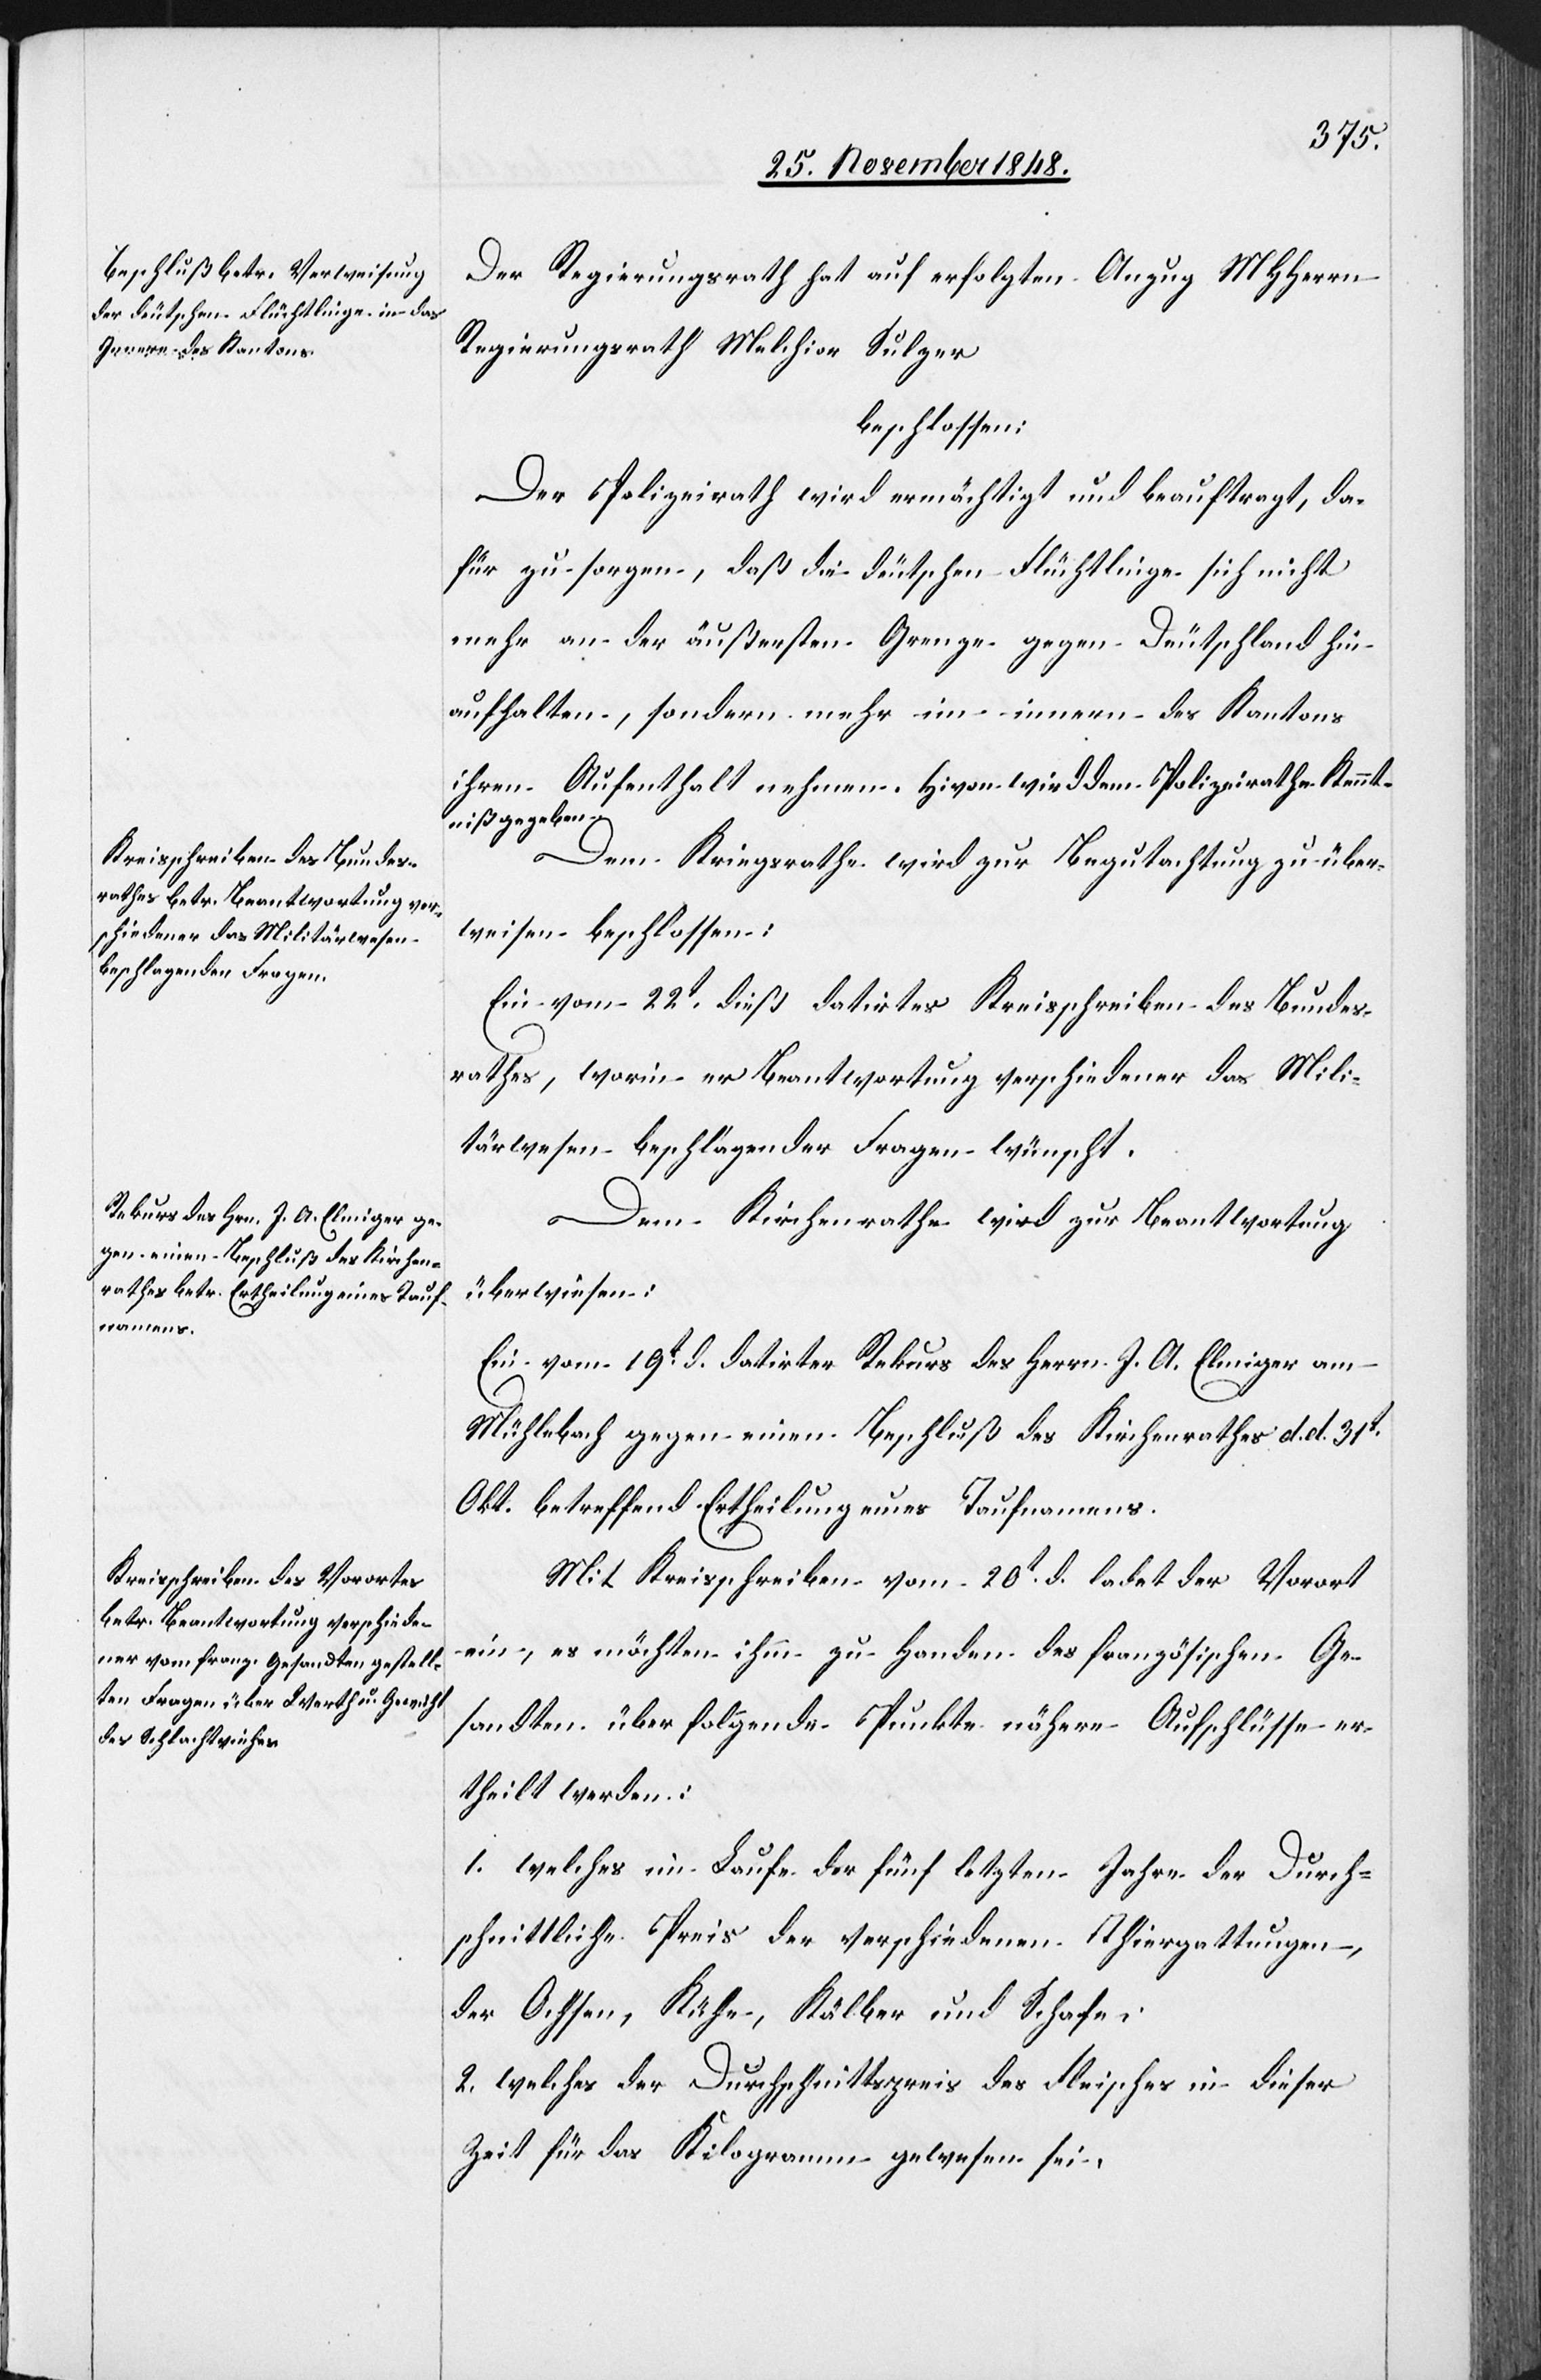
Der Regierungsrath hat auf erfolgten Anzug MHHerrn
Regierungsrath Melchior Sulzer
beschlossen:
Der Polizeirath wird ermächtigt und beauftragt, da¬
für zu sorgen, daß die deutschen Flüchtlinge sich nicht
mehr an der äußersten Grenze gegen Deutschland hin
aufhalten, sondern mehr im innern des Kantons
ihren Aufenthalt nehmen. Hivon wird dem Polizeirathe Kennt¬
niß gegeben.
Dem Kriegsrathe wird zur Begutachtung zu über¬
weisen beschlossen:
Ein vom 22t dieß datirtes Kreisschreiben des Bundes¬
rathes, worin er Beantwortung verschiedener das Mili¬
tärwesen beschlagender Fragen wünscht.
Dem Kirchenrathe wird zur Beantwortung
überwiesen:
Ein vom 19t d. datirter Rekurs des Herrn J. A. Elmiger am
Mühlebach gegen einen Beschluß des Kirchenrathes d. d. 31t
Okt. betreffend Ertheilung eines Taufnamens.
Mit Kreisschreiben vom 20t d. ladet der Vorort
ein, es möchten ihm zu Handen des französischen Ge¬
sandten über folgende Punkte nähere Aufschlüsse er¬
theilt werden:
1. welches im Laufe der fünf letzten Jahre der Durch¬
schnittliche Preis der verschiedenen Thiergattungen,
der Ochsen, Kühe, Kälber und Schafe;
2. welches der Durchschnittspreis des Fleisches in dieser
Zeit für das Kilogramm gewesen sei;